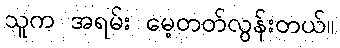
သူက အရမ်း မေ့တတ်လွန်းတယ်။